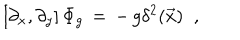
\left[ \partial _ { x } , \partial _ { y } \right] \Phi _ { g } \, = \, - \, g \delta ^ { 2 } ( \vec { x } ) \; \; ,